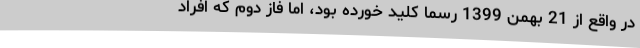
در واقع از 21 بهمن 1399 رسماً کلید خورده بود، اما فاز دوم که افراد